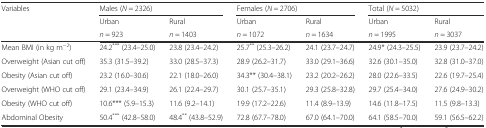
<table><thead><tr><td rowspan="3"><b>Variables</b></td><td colspan="2"><b>Males (<i>N</i> = 2326)</b></td><td colspan="2"><b>Females (<i>N</i> = 2706)</b></td><td colspan="2"><b>Total (<i>N</i> = 5032)</b></td></tr><tr><td><b>Urban</b></td><td><b>Rural</b></td><td><b>Urban</b></td><td><b>Rural</b></td><td><b>Urban</b></td><td><b>Rural</b></td></tr><tr><td><b><i>n</i> = 923</b></td><td><b><i>n</i> = 1403</b></td><td><b><i>n</i> = 1072</b></td><td><b><i>n</i> = 1634</b></td><td><b><i>n</i> = 1995</b></td><td><b><i>n</i> = 3037</b></td></tr></thead><tbody><tr><td>Mean BMI (in kg m<sup>−2</sup>)</td><td>24.2<sup>***</sup> (23.4–25.0)</td><td>23.8 (23.4–24.2)</td><td>25.7<sup>**</sup> (25.3–26.2)</td><td>24.1 (23.7–24.7)</td><td>24.9* (24.3–25.5)</td><td>23.9 (23.7–24.2)</td></tr><tr><td>Overweight (Asian cut off)</td><td>35.3 (31.5–39.2)</td><td>33.0 (28.5–37.3)</td><td>28.9 (26.2–31.7)</td><td>33.0 (29.1–36.6)</td><td>32.6 (30.1–35.0)</td><td>32.8 (31.0–37.0)</td></tr><tr><td>Obesity (Asian cut off)</td><td>23.2 (16.0–30.6)</td><td>22.1 (18.0–26.0)</td><td>34.3** (30.4–38.1)</td><td>23.2 (20.2–26.2)</td><td>28.0 (22.6–33.5)</td><td>22.6 (19.7–25.4)</td></tr><tr><td>Overweight (WHO cut off)</td><td>29.1 (23.4–34.9)</td><td>26.1 (22.4–29.7)</td><td>30.1 (25.7–35.1)</td><td>29.3 (25.8–32.8)</td><td>29.7 (25.4–34.0)</td><td>27.6 (24.9–30.2)</td></tr><tr><td>Obesity (WHO cut off)</td><td>10.6*** (5.9–15.3)</td><td>11.6 (9.2–14.1)</td><td>19.9 (17.2–22.6)</td><td>11.4 (8.9–13.9)</td><td>14.6 (11.8–17.5)</td><td>11.5 (9.8–13.3)</td></tr><tr><td>Abdominal Obesity</td><td>50.4<sup>*** </sup>(42.8–58.0)</td><td>48.4<sup>** </sup>(43.8–52.9)</td><td>72.8 (67.7–78.0)</td><td>67.0 (64.1–70.0)</td><td>64.1 (58.5–70.0)</td><td>59.1 (56.5–62.2)</td></tr></tbody></table>